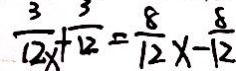
\frac { 3 } { 1 2 } x + \frac { 3 } { 1 2 } = \frac { 8 } { 1 2 } x - \frac { 8 } { 1 2 }